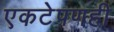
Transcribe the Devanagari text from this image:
एकटेपणही